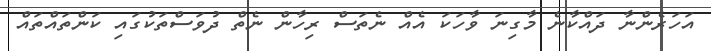
އަހަރެންނާ ދައްކާނެ މާގިނަ ވާހަކަ އެއް ނެތަސް ރިހާން ނެތް ދުވަސްތަކުގައި ކަންތައްތައް